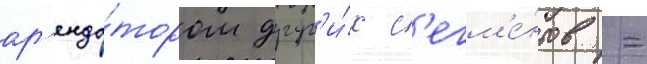
ар'енда́тором друг'и́х с'егм'е́нтов -